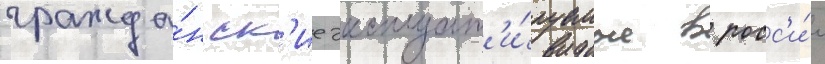
гражда́нск'ие эксплуат'и́руемые в росс'и́и